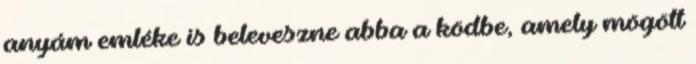
anyám emléke is beleveszne abba a ködbe, amely mögött